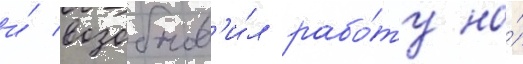
и́ возобнов'и́л рабо́ту на́